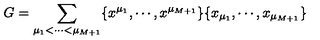
G = \sum _ { \mu _ { 1 } < \cdots < \mu _ { M + 1 } } \{ x ^ { \mu _ { 1 } } , \cdots , x ^ { \mu _ { M + 1 } } \} \{ x _ { \mu _ { 1 } } , \cdots , x _ { \mu _ { M + 1 } } \}